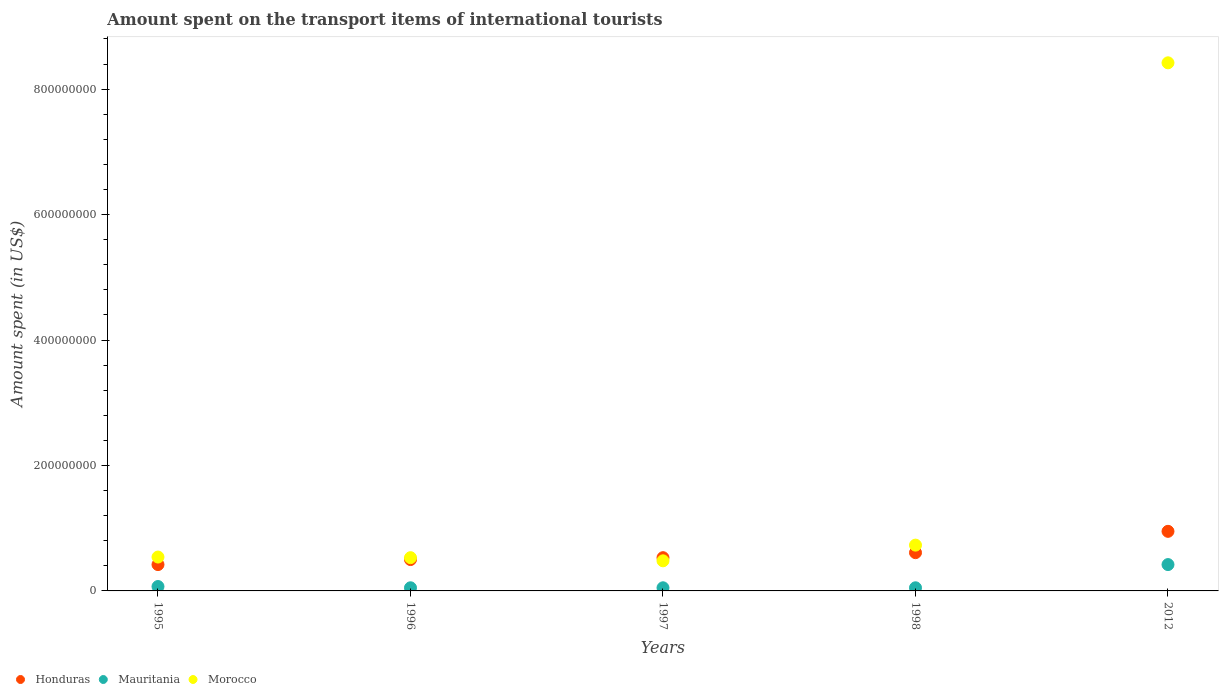
| Years | Honduras | Mauritania | Morocco |
 | --- | --- | --- | --- |
 | 1995 | 4.2e+07 | 7e+06 | 5.4e+07 |
 | 1996 | 5e+07 | 5e+06 | 5.3e+07 |
 | 1997 | 5.3e+07 | 5e+06 | 4.8e+07 |
 | 1998 | 6.1e+07 | 5e+06 | 7.3e+07 |
 | 2012 | 9.5e+07 | 4.2e+07 | 8.42e+08 |